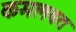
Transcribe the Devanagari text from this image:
कमलवत